65_HS1-834228961_62-HQ-83894_Section_5
Agency: FBI
Page 86
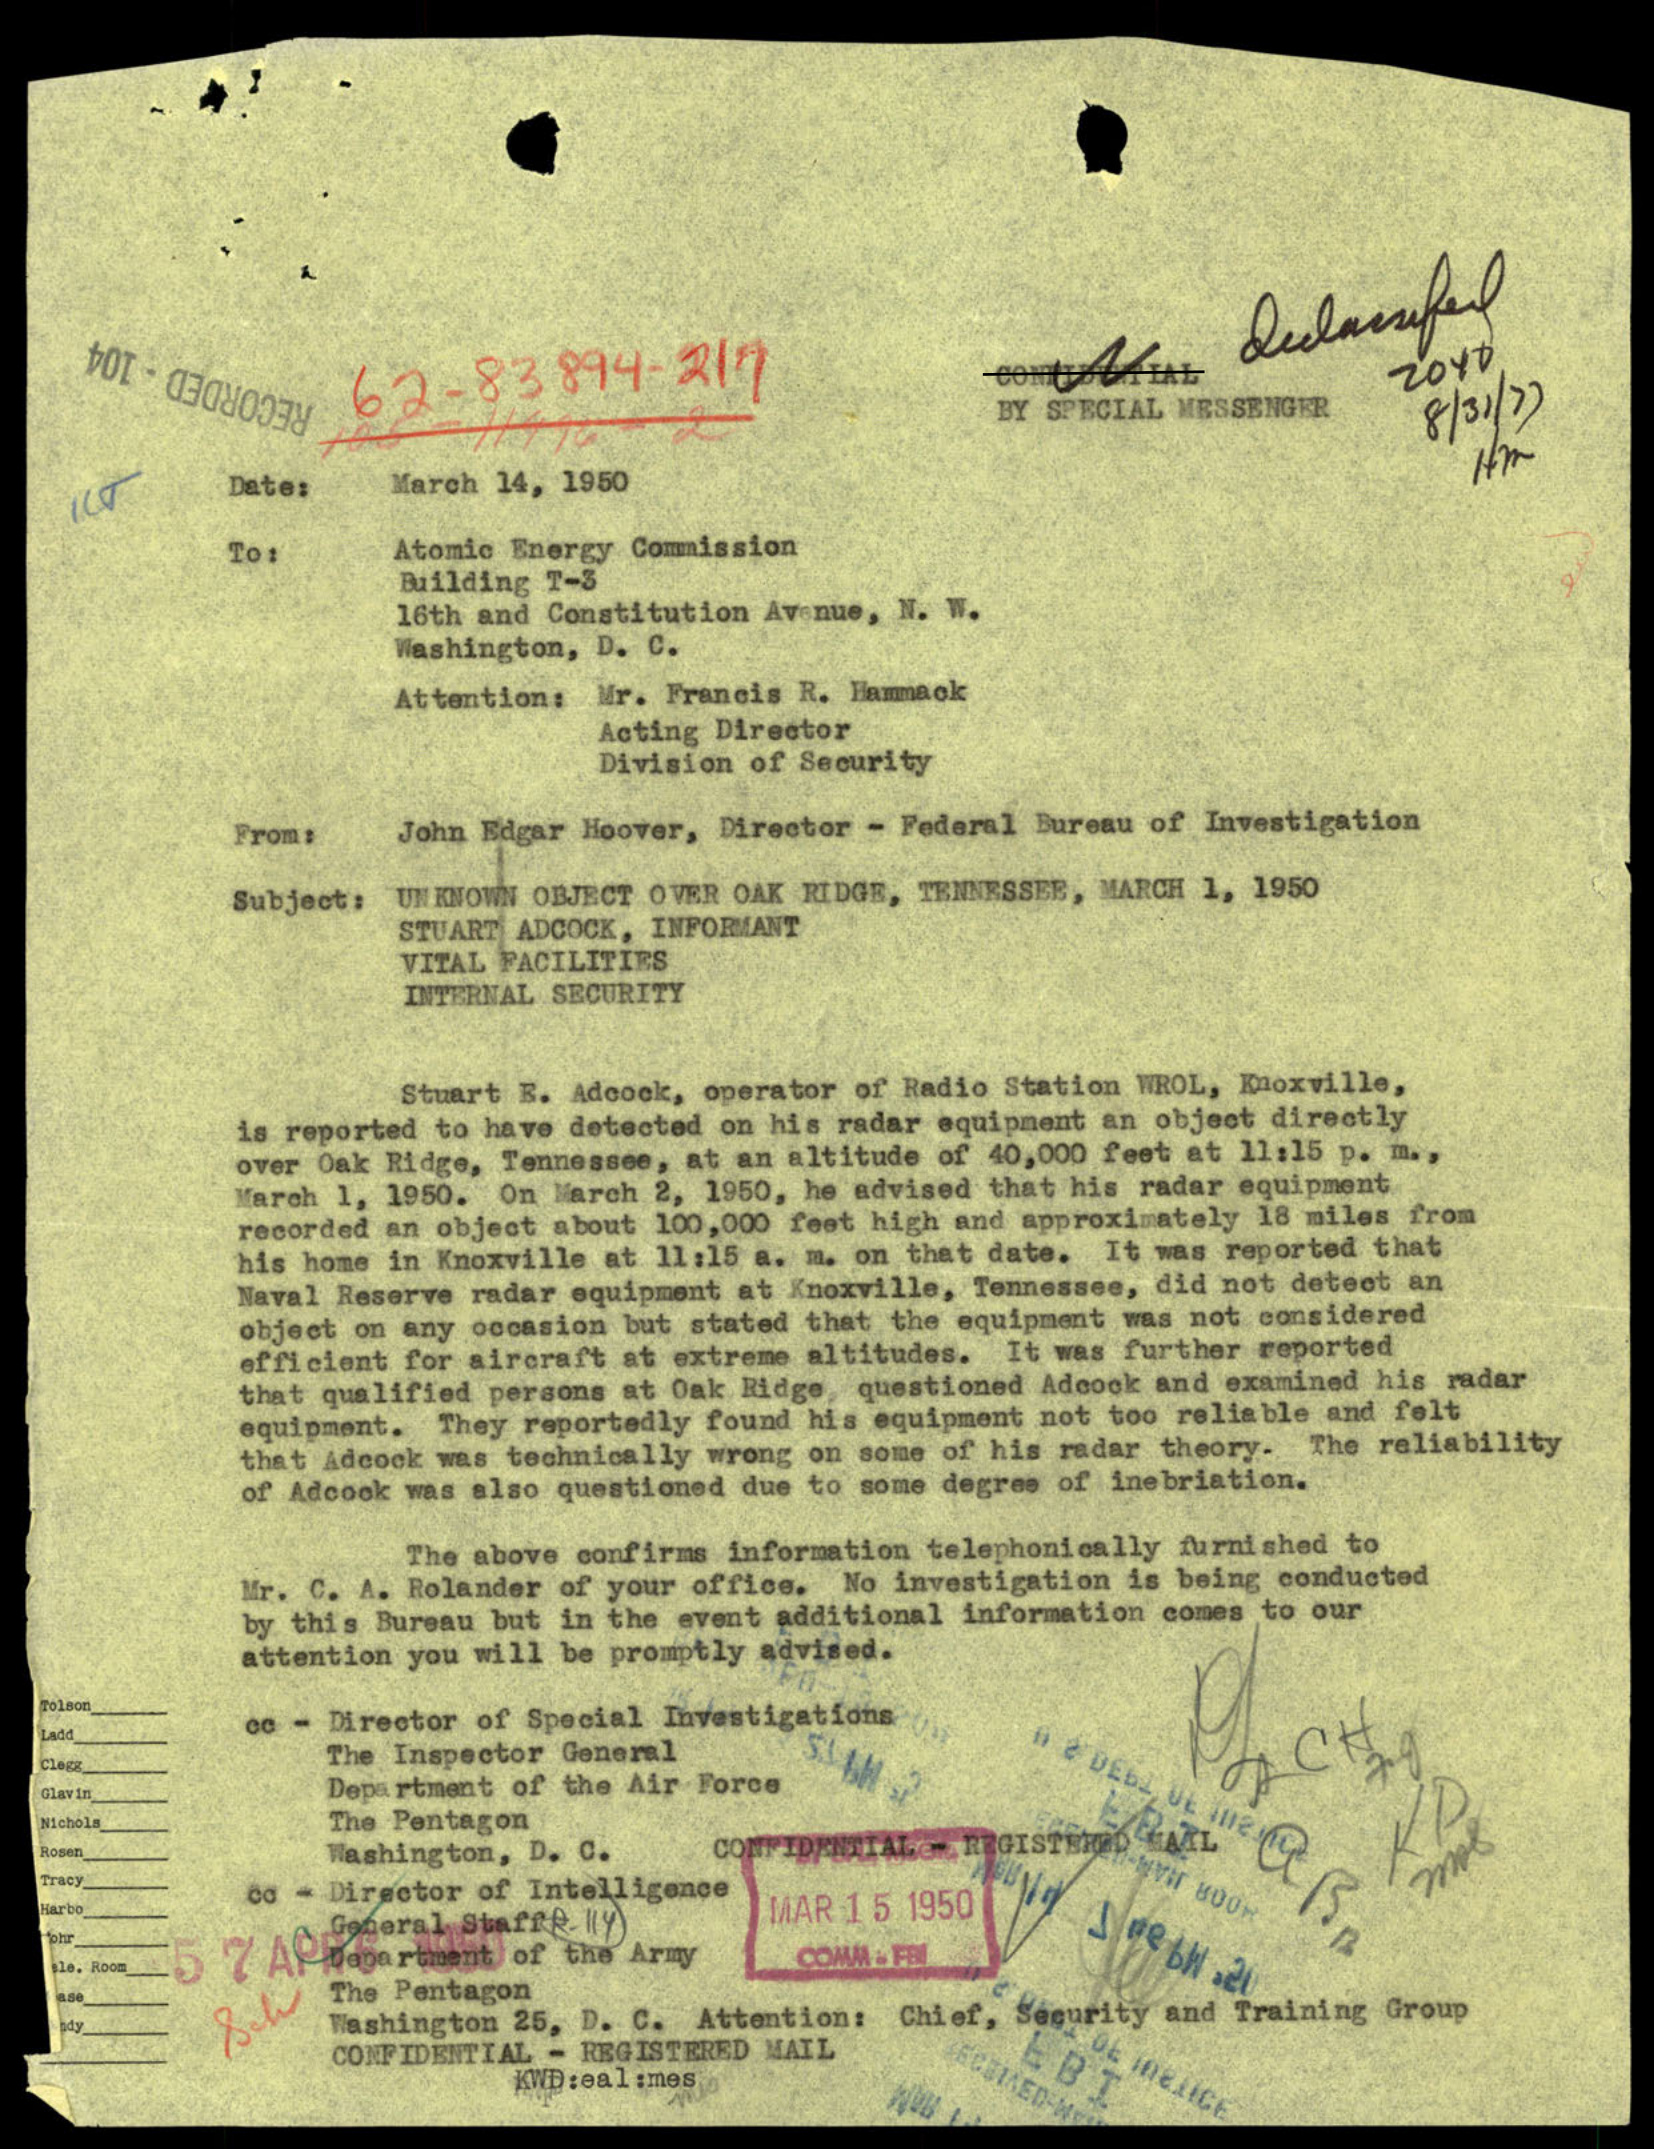